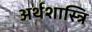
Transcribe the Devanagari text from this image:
अर्थशास्त्रि